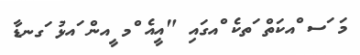
މަ ަސ ްއކަތް ަތކެ ްއގައި "އީއެ ްމ ީއން ައޅު ަގނޑާ